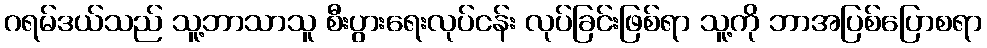
ဂရမ်ဒယ်သည် သူ့ဘာသာသူ စီးပွားရေးလုပ်ငန်း လုပ်ခြင်းဖြစ်ရာ သူ့ကို ဘာအပြစ်ပြောစရာ